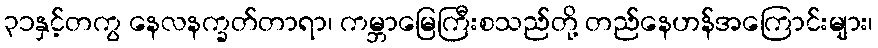
၃၁နှင့်တကွ နေလနက္ခတ်တာရာ၊ ကမ္ဘာမြေကြီးစသည်တို့ တည်နေဟန်အကြောင်းများ၊